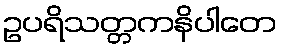
ဥပရိသတ္တကနိပါတေ